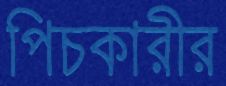
পিচকারীর